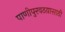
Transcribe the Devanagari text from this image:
पाणीपुरवठय़ासाठी